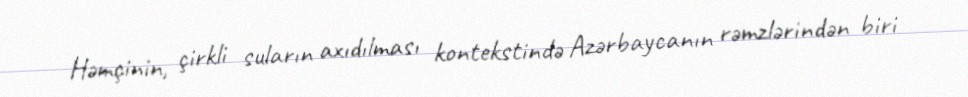
Həmçinin, çirkli suların axıdılması kontekstində Azərbaycanın rəmzlərindən biri